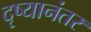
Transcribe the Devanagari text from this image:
दृष्यानंतर